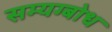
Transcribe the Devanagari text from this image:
सम्यग्बोध